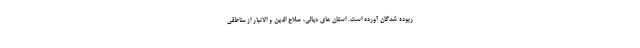
ربوده شدگان آورده است. استان های دیالی، صلاح الدین و الانبار از مناطقی